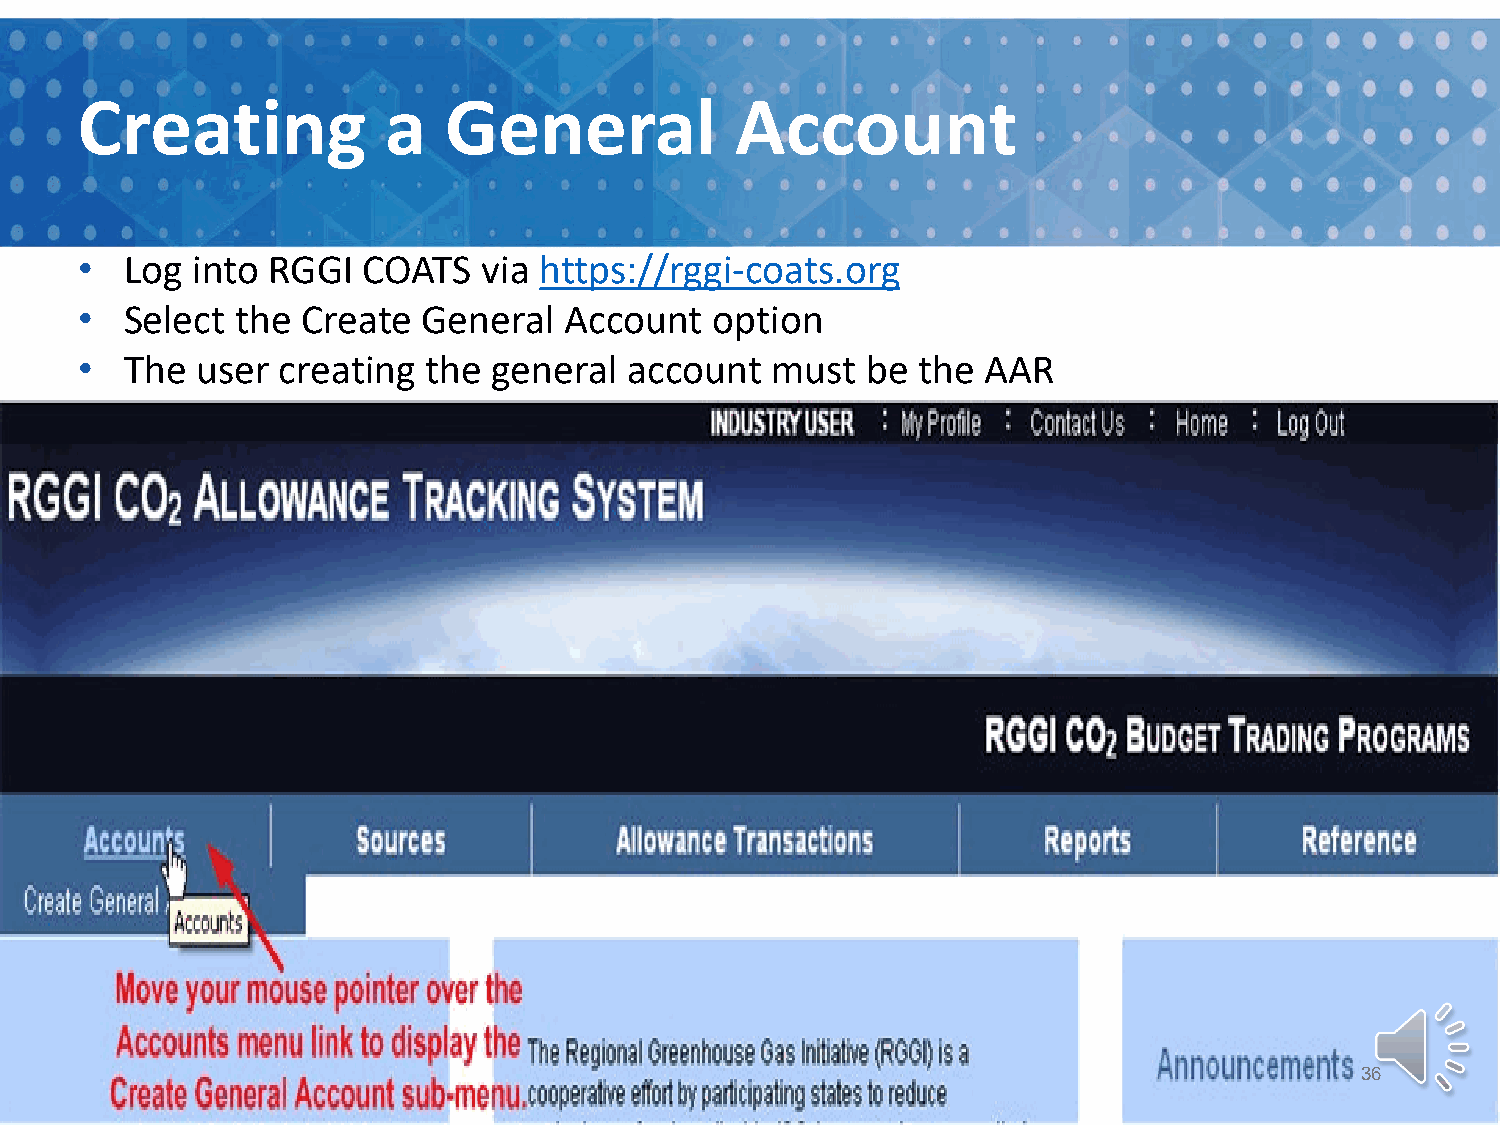
Creating            a   General             Account
 •  Log  into RGGI  COATS   via https://rggi-coats.org
 •  Select  the Create  General  Account   option
 •  The  user creating  the  general  account  must  be  the AAR
 36